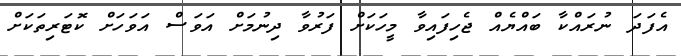
އެފަދަ ނުރައްކާ ބައްޔެއް ޖެހިފައިވާ މީހަކަށް ފަރުވާ ދިނުމަށް އަވަސް އަވަހަށް ކޮޓަރިތަކަށް